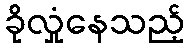
ခိုလှုံနေသည့်